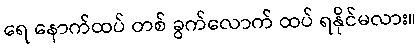
ရေ နောက်ထပ် တစ် ခွက်လောက် ထပ် ရနိုင်မလား။